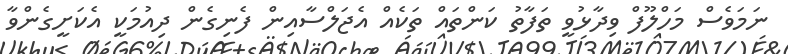
ނަމަވެސް މަހްލޫފް ވިދާޅުވީ ތަފާތު ކަންތައް ތަކެއް އެޖަލްސާއިން ފެނިގެން ދިއުމަކީ އެކަށީގެންވާ